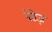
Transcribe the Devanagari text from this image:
बेडेज़